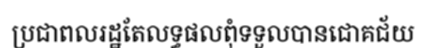
ប្រជាពលរដ្ឋតែលទ្ធផលពុំទទួលបានជោគជ័យ